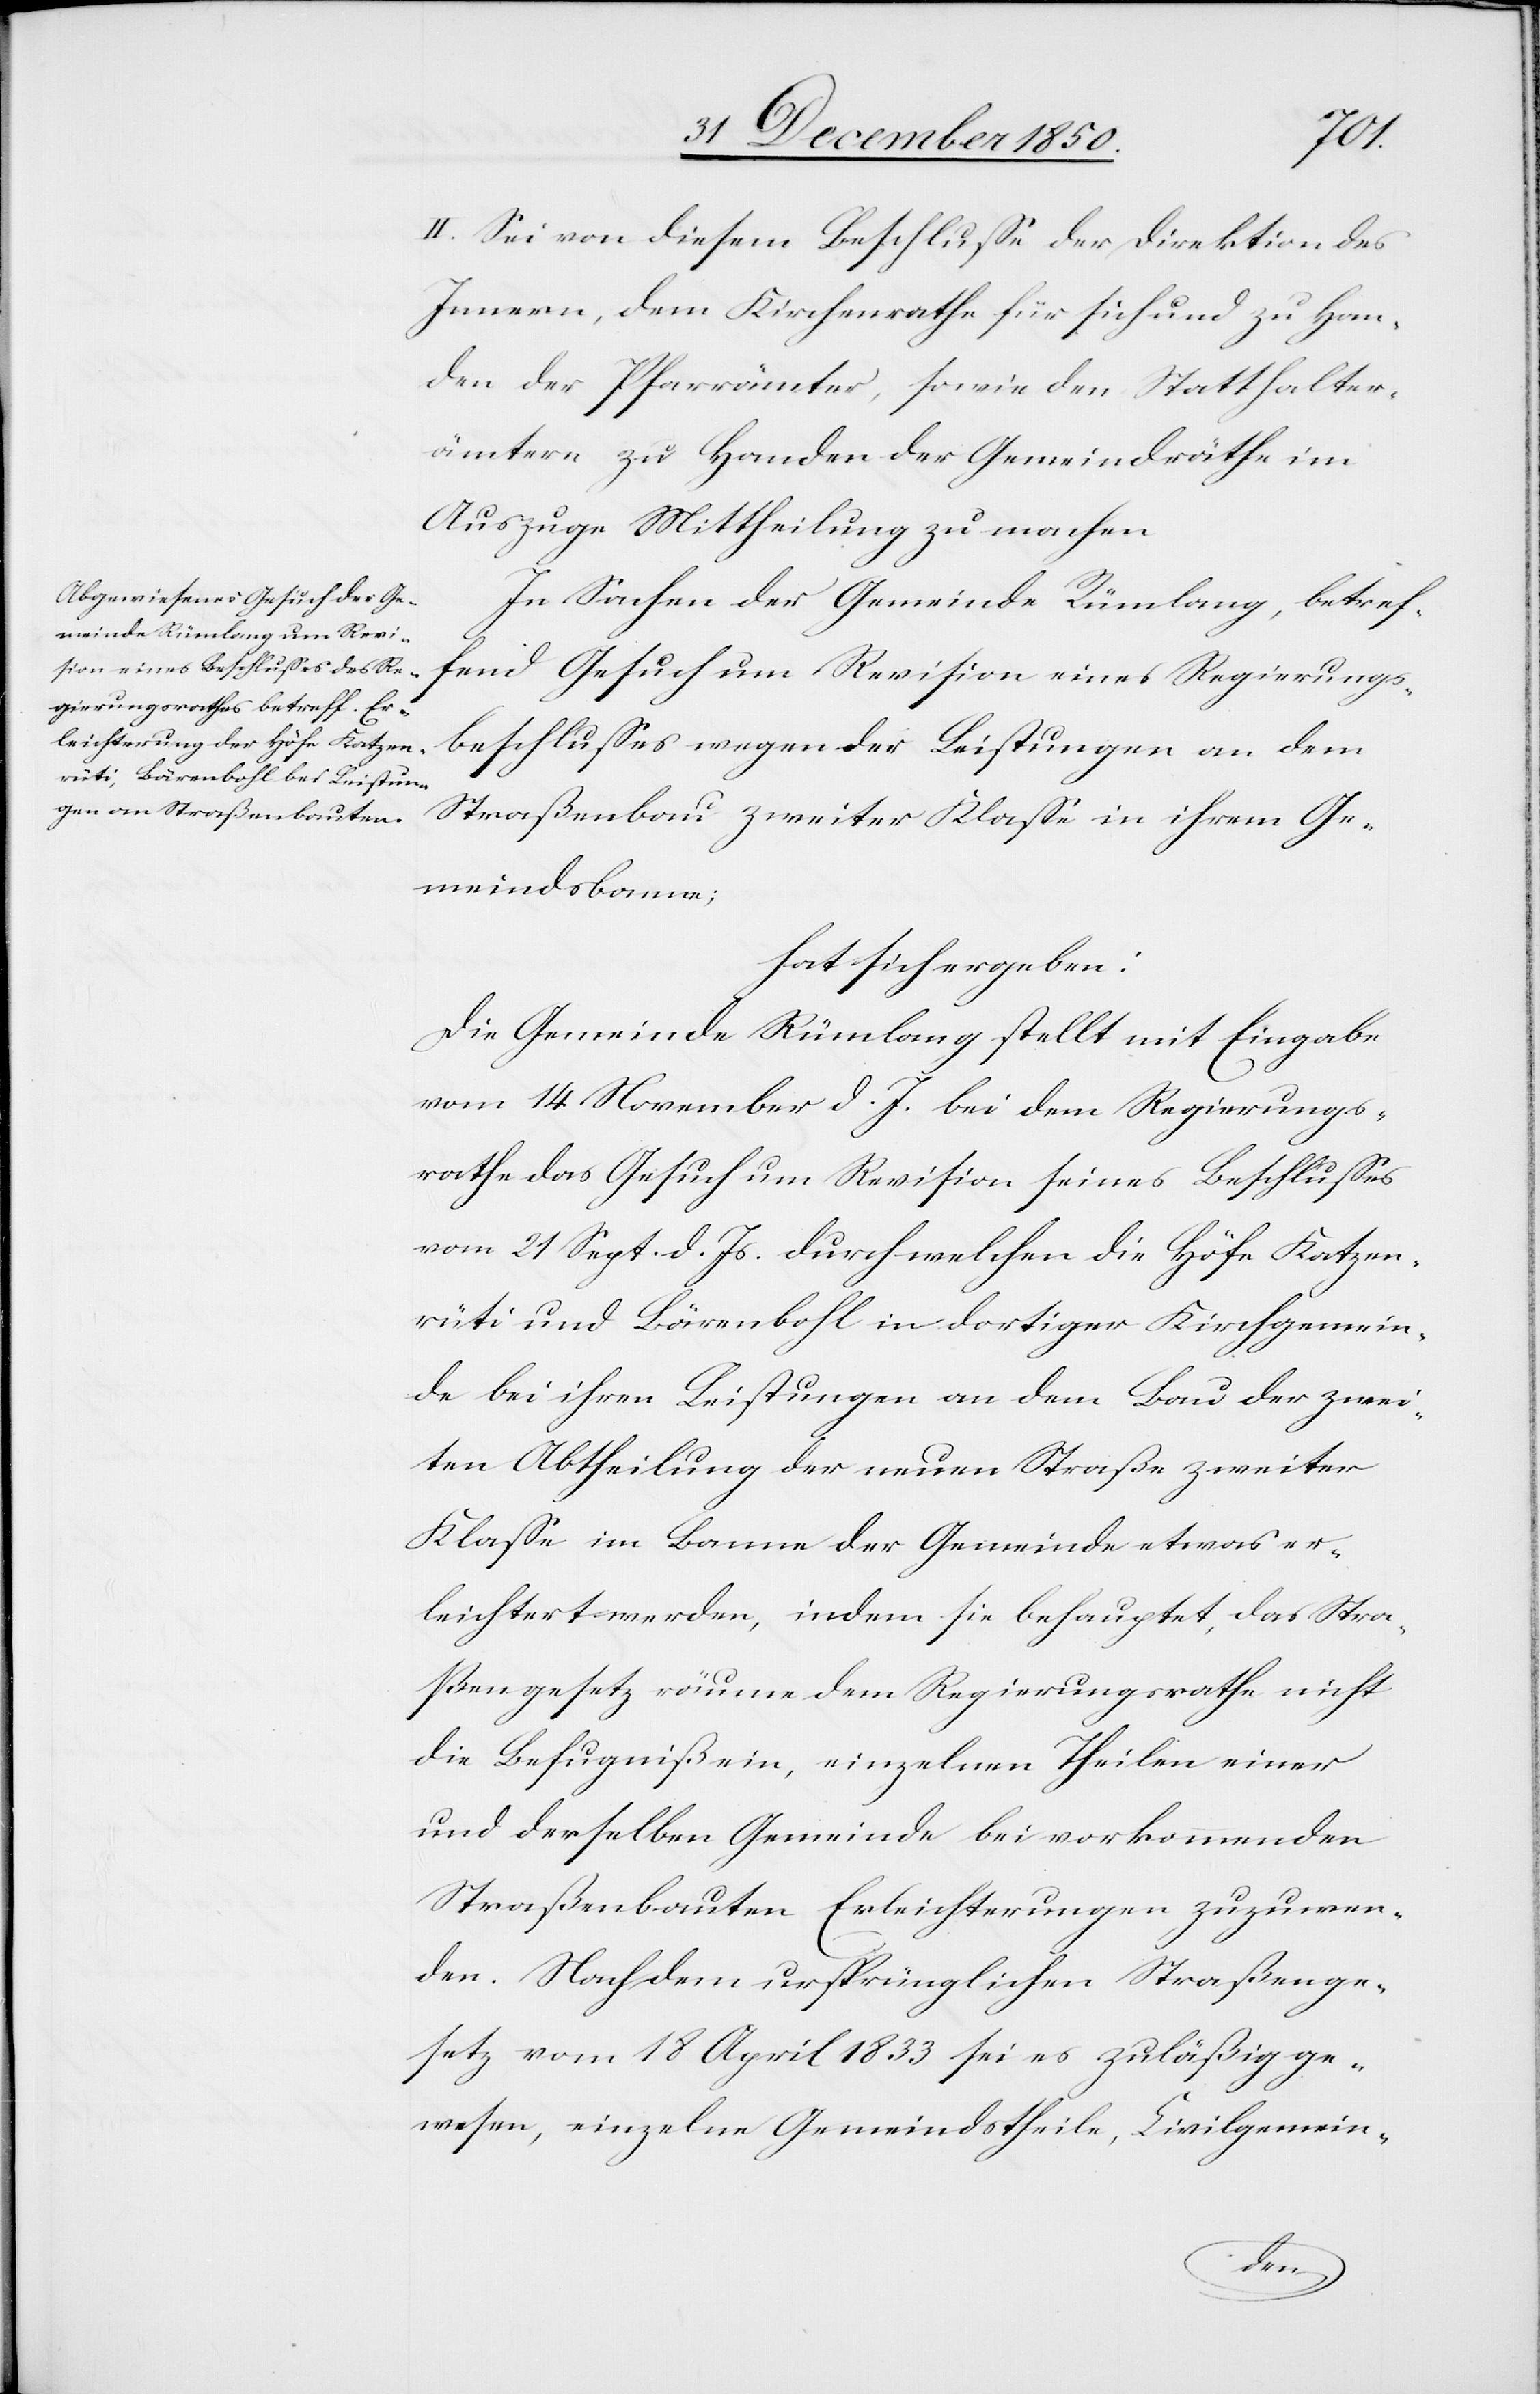
II. Sei von diesem Beschlusse der Direktion des
Innern, dem Kirchenrathe für sich und zu Han¬
den der Pfarrämter, sowie den Statthalter¬
ämtern zu Handen der Gemeindräthe im
Auszuge Mittheilung zu machen.
In Sachen der Gemeinde Rümlang, betref¬
fend Gesuch um Revision eines Regierungs¬
beschlusses wegen der Leistungen an dem
Straßenbau zweiter Klasse in ihrem Ge¬
meindsbanne;
hat sich ergeben:
Die Gemeinde Rümlang stellt mit Eingabe
vom 14 November d. J. bei dem Regierungs¬
rathe das Gesuch um Revision seines Beschlusses
vom 21 Sept. d. Js. durch welchen die Höfe Katzen¬
rüti und Bärenbohl in dortiger Kirchgemein¬
de bei ihren Leistungen an dem Bau der zwei¬
ten Abtheilung der neuen Straße zweiter
Klasse im Banne der Gemeinde etwas er¬
leichtert werden, indem sie behauptet, das Stra¬
ßengesetz räume dem Regierungsrathe nicht
die Befugniß ein, einzelnen Theilen einer
und derselben Gemeinde bei vorkommenden
Straßenbauten Erleichterungen zuzuwen¬
den. Nachdem ursprünglichen Straßenge¬
setz vom 18 April 1833 sei es zuläßig ge¬
wesen, einzelne Gemeindstheile, Civilgemein-